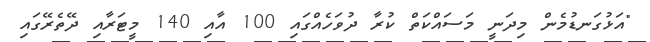
"އަޅުގަނޑުމެން މިދަނީ މަސައްކަތް ކުރާ ދުވަހެއްގައި 100 އާއި 140 މީޓަރާއި ދޭތެރޭގައި